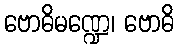
ဗောဓိမဏ္ဍေ၊ ဗောဓိ